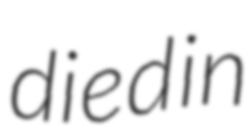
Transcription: died in